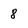
Character: 8